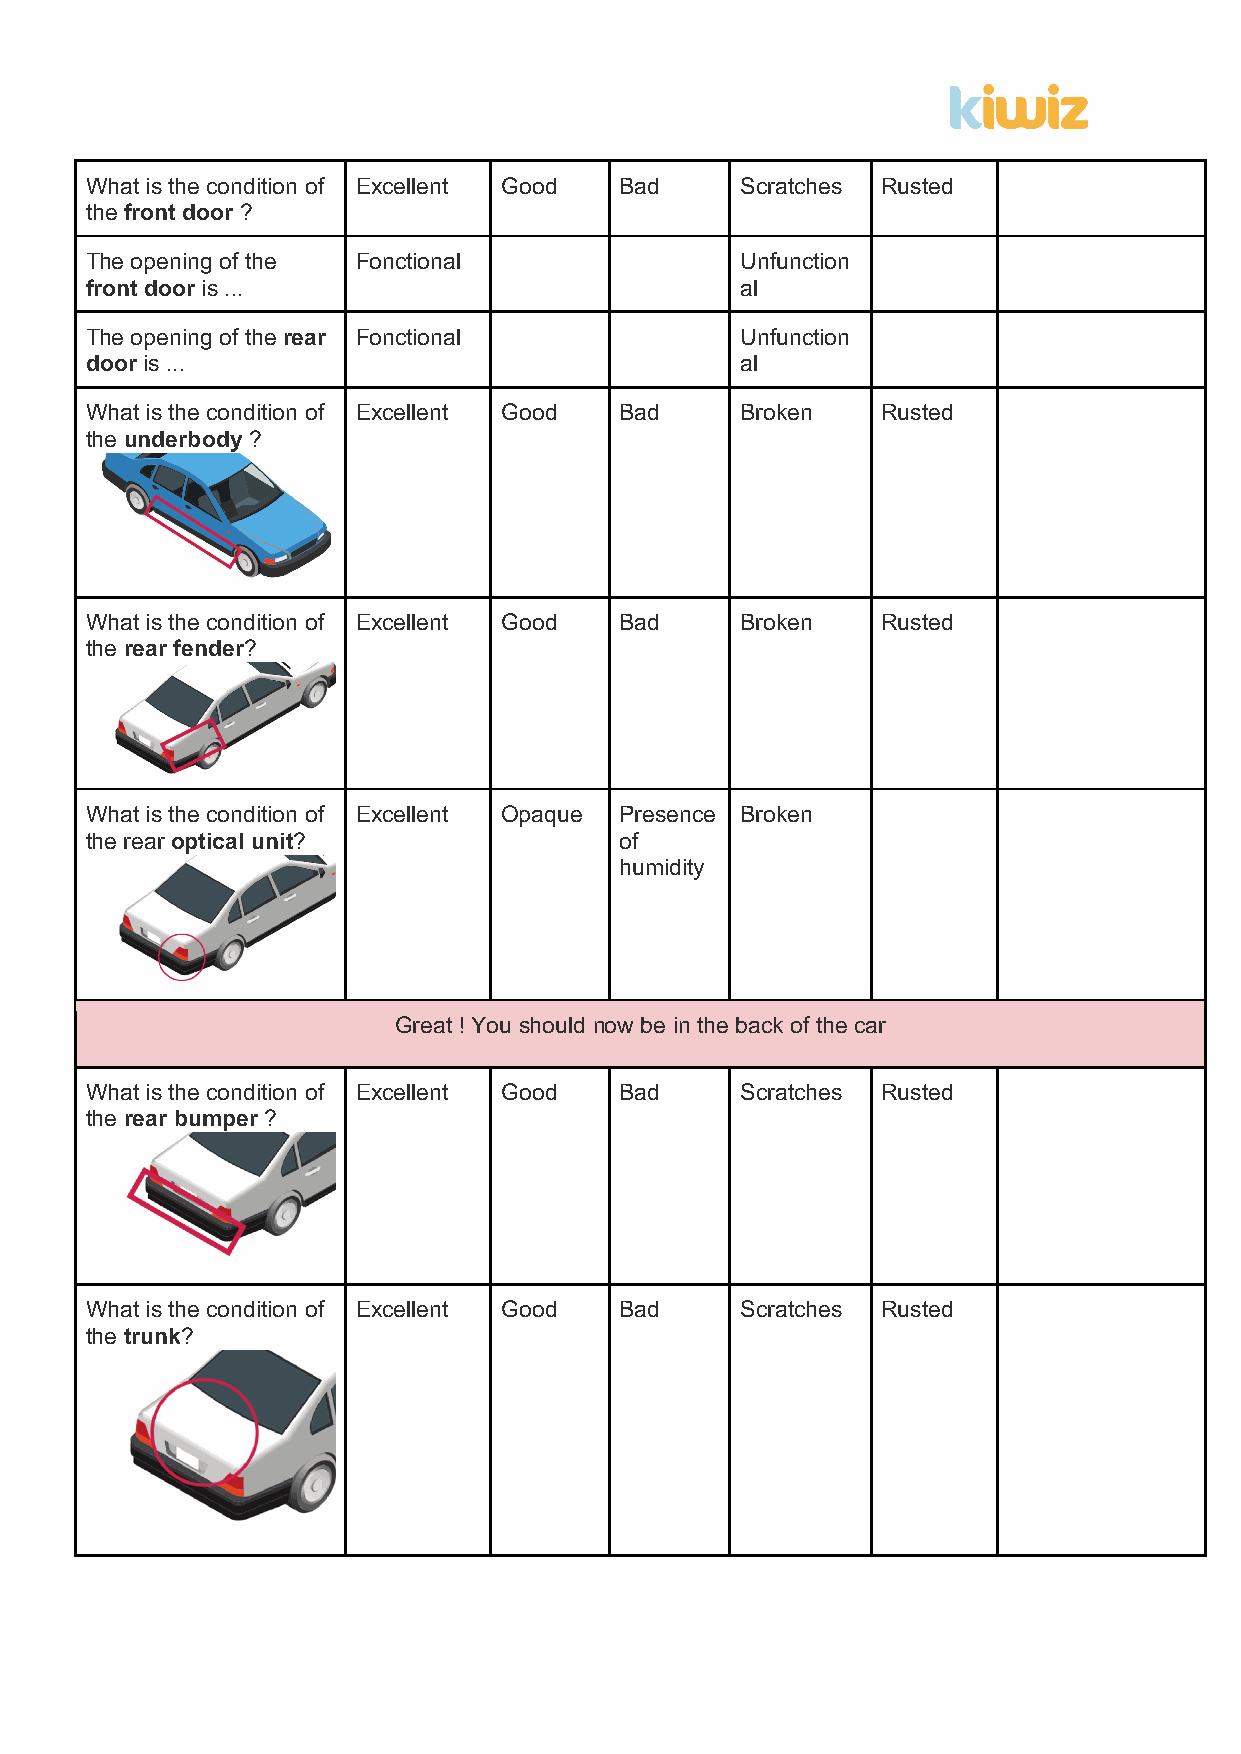
What is the condition of Excellent Good Bad Scratches Rusted
 the front door ?
 The opening of the Fonctional              Unfunction
 front door is ...                          al
 The opening of the rear Fonctional         Unfunction
 door is ...                                al
 What is the condition of Excellent Good Bad Broken  Rusted
 the underbody ?
 What is the condition of Excellent Good Bad Broken  Rusted
 the rear fender?
 What is the condition of Excellent Opaque Presence Broken
 the rear optical unit?             of
 humidity
 Great ! You should now be in the back of the car
 What is the condition of Excellent Good Bad Scratches Rusted
 the rear bumper ?
 What is the condition of Excellent Good Bad Scratches Rusted
 the trunk?